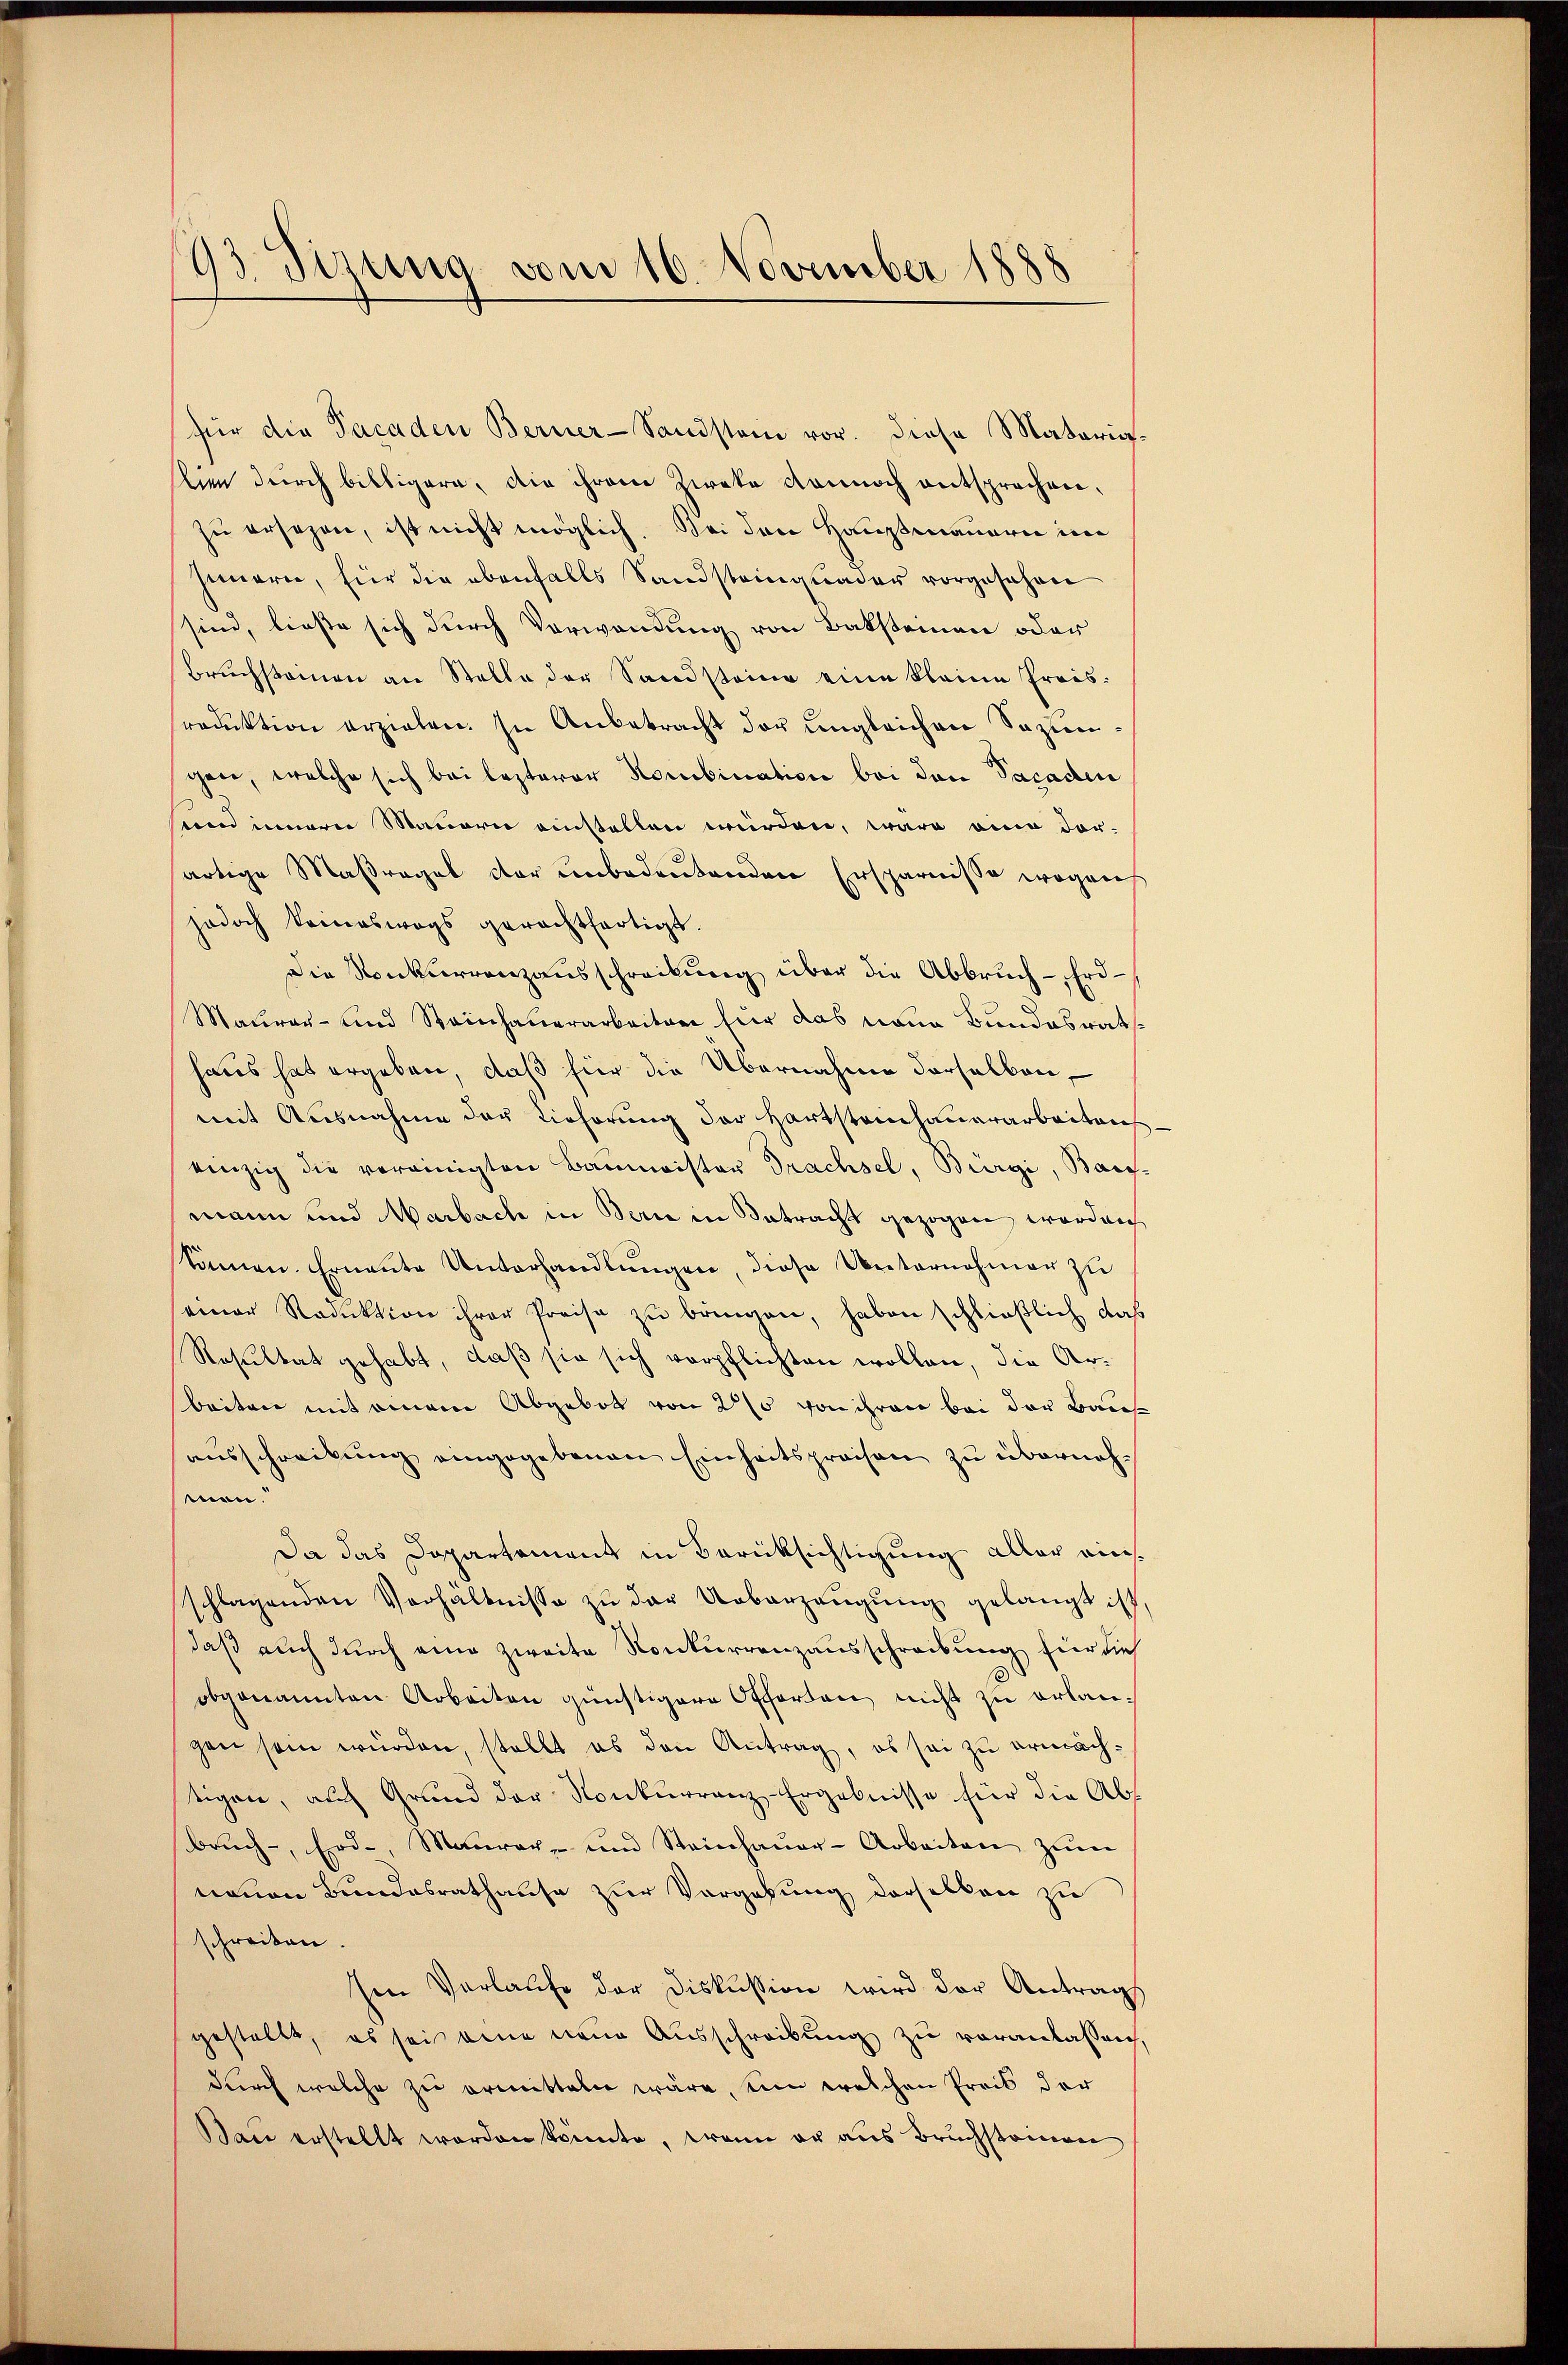
93. Sizung vom 16. November 1888

für die Facaden Berner- Sandstein vor. diese Materiaseien durch billigere, die ihrem Zweke dannoch entsprechen.
zŭ ersehen, ist nicht möglich. Sei den Hausmauern im
Innern, für die ebenfalls Sandsteinquader vorgesehen
sind, ließe sich durch Verwendung von Baksteinen oder
Bruchsteinen an Stelle der Sandsteine eine kleine Preissreduktion erziehen. In Anbetracht der ungleichen Sazun
gen, welche sich bei lezterer Kombination bei den Vacaden
und innerer Mauern einstellen würden, war eine dor-
artige Maßregel der unbedeutenden Ersparnisse wegens
jodoch keineswegs gerachtfertigt.
Die Konkurrenzausschreibung über die Abbruch - Erd¬
Maurer- und Steinhauerarbeiten hier das neue Bundesrat
haus hat ergeben, daß für die Übernahme derselben
mit Ausnahme des Viehörung der Hartsteinhauerarbeiten
einzig die vereinigten Baumwister Trachsel, Bürgi, Bart
mann und Marbache in Berie in Betracht gezogen worden
können. Ernannte Unterhandlŭngen, diese Arternahmen zu
einer Reduktion ihrer Preise zu bringen, haben schließlich daß
Resultat gehabt, daß sie sich verpflichten wollen, die Arbeiten mit einem Abgebot von 25 von ihren bei der Baues
ausschreibung eingegebenen Einheitspreisen zu übernehmen.
Da das Departement in Berücksichtigung aller ainsschlagenden Verhältnisse zŭ der Ueberzeŭgŭng gelangt ist,
daß auch durch eine zweite Konkurrenzausschreibung für dies
obgenannten Arbeiten günstigere Offerten nicht zu erlangen sein würden, stellt es den Antrag, ob sei zu ermächtigen, auch Grund der Konkurrenz-Ergebnisse für die Abbrŭch-, Erd-, Maŭrer- und Steinhaŭer-Arbeiten zŭm
neuen Bundesrathause zur Vorgebung derselben zu
schreiben.
Ien Vorlaufe der Diskussion wird der Antrags
gestellt, es sei eine neue Ausschreibung zu veranlassen,
durch welche zu ermitteln wäre, ein welchen Preis der
Bau erstellt worden könnte, wenn er aus Bruchsteinen